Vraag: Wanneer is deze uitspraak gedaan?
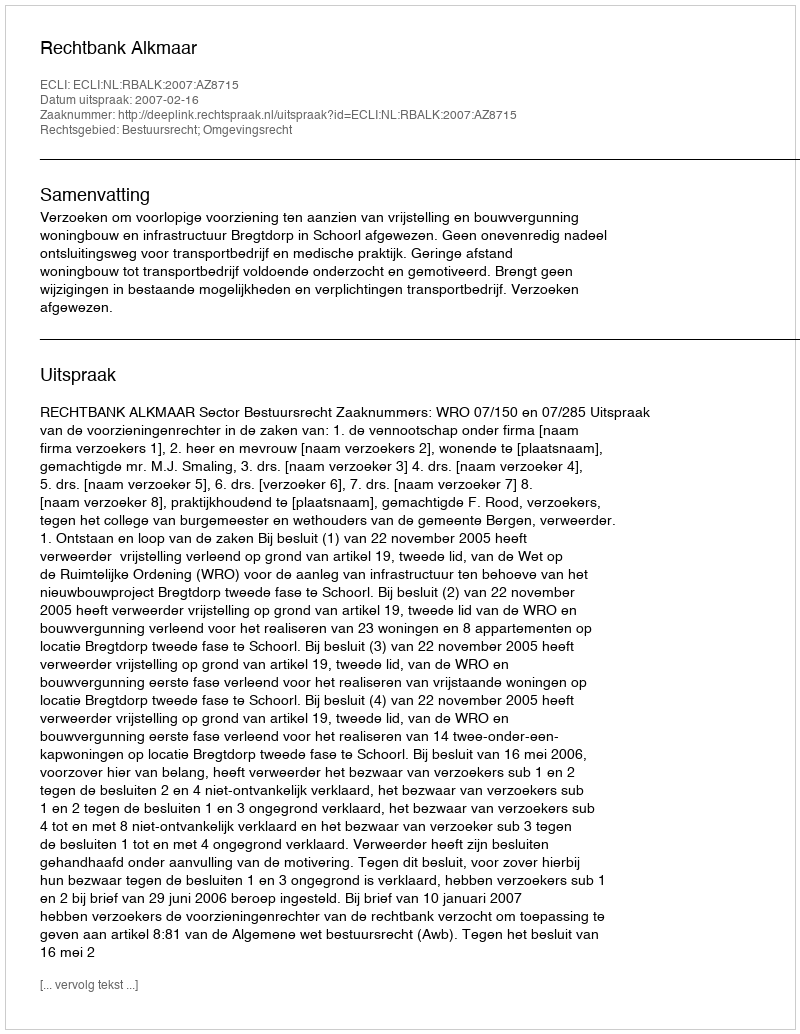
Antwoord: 2007-02-16